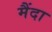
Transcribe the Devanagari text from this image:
मैंदा